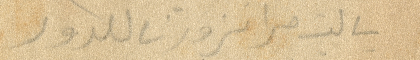
يا ليت مرا تزورنا للدور